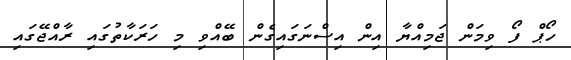
ހޯޕް ފޯ ވިމަން ޖަމިއްޔާ އިން އިސްނަގައިގެން ބޭއްވި މި ހަރަކާތުގައި ރާއްޖޭގައި